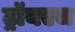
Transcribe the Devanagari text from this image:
ट्रॉयएज